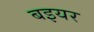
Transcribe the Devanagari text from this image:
बइयर